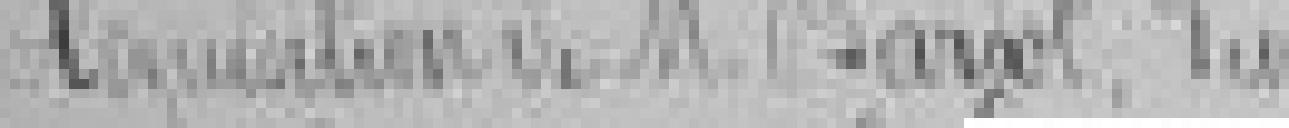
Acquisition de monsieur Bardot d'un